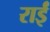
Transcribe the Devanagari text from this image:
राईं